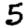
Digit: 5